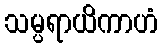
သမ္ပရာယိကာဟံ